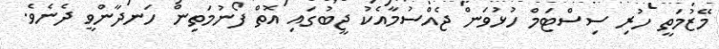
މޭޒުމަތީ ހުރި ސިސްޓަމް ހުޅުވަން ޖެއްސުމާއެކު ޖީބުގައި އޮތް ފޯނުމަތިން ހަނދާންވީ ދެނެވެ.